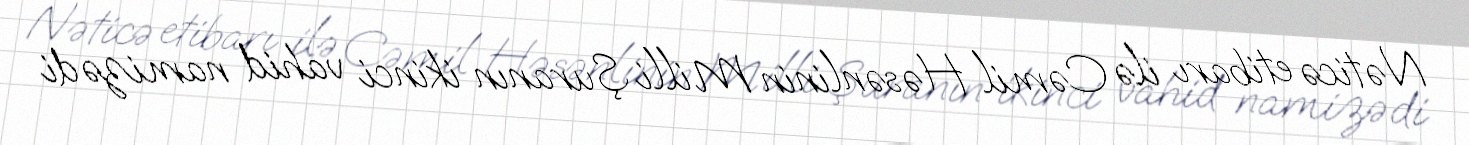
Nəticə etibarı ilə Cəmil Həsənlinin Milli Şuranın ikinci vahid namizədi